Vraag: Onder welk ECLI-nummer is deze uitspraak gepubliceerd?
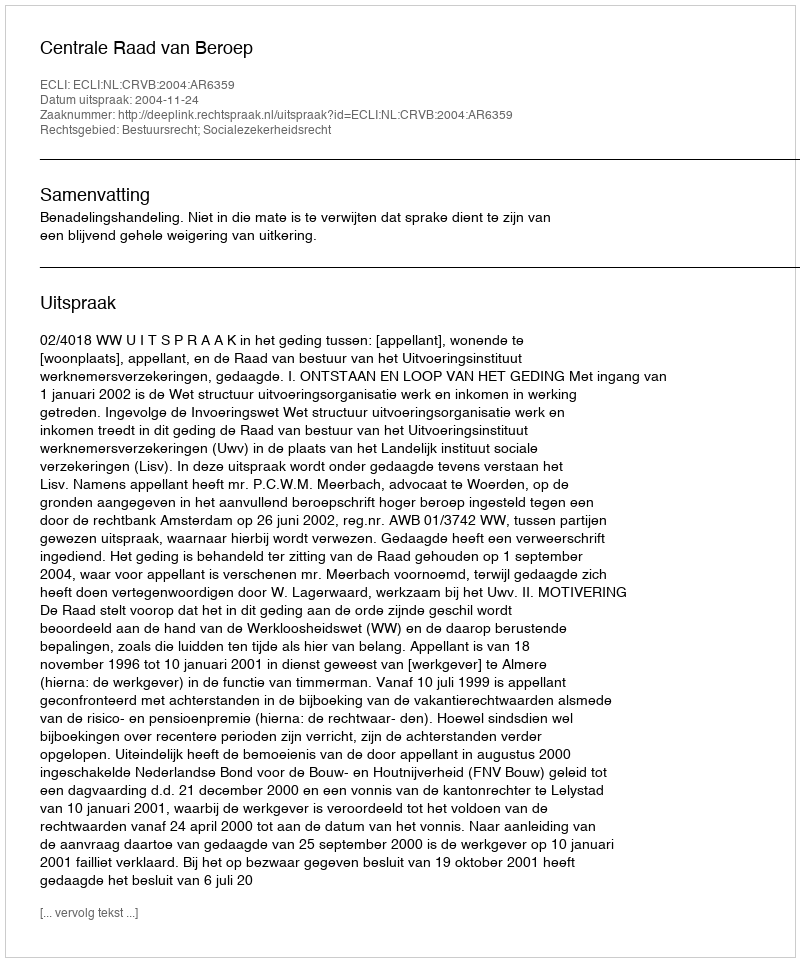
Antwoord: ECLI:NL:CRVB:2004:AR6359